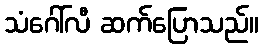
သံဂေါ်လီ ဆက်ပြောသည်။